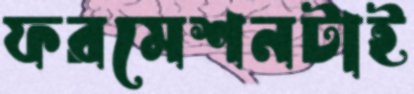
ফরমেশনটাই